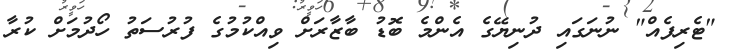
"ޓެރިފެއް" ނުނަގައި ދުނިޔޭގެ އެންމެ ބޮޑު ބާޒާރަށް ވިއްކުމުގެ ފުރުސަތު ހޯދުމަށް ކުރާ